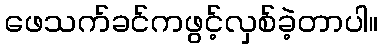
ဖေသက်ခင်ကဖွင့်လှစ်ခဲ့တာပါ။